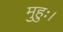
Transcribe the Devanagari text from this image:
मुहुः।